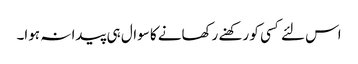
اس لئے کسی کو رکھنے رکھانے کا سوال ہی پیدا نہ ہوا۔